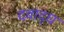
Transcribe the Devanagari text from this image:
दवाद्ध